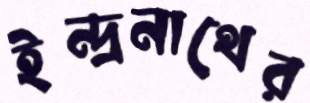
ইন্দ্রনাথের